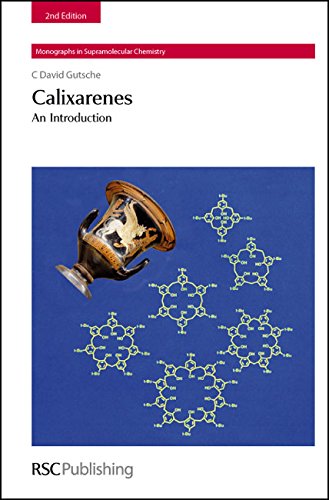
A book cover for Calixarenes: An Introduction (Monographs in Supramolecular Chemistry); C David Gutsche; Science & Math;